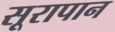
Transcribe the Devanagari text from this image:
सूरापान